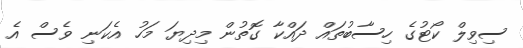
ސިވިލް ކޯޓުގެ ހިސާބުތައް ދައްކާ ގޮތުން މިދިޔަ މަހު އެކަނި ވެސް އެ